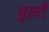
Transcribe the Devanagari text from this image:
हलाँ